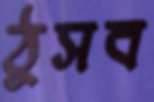
ঠুসব